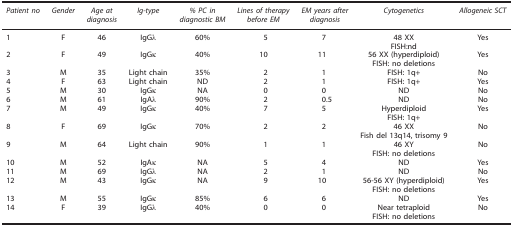
<table><thead><tr><td><b><i>Patient no</i></b></td><td><b><i>Gender</i></b></td><td><b><i>Age at diagnosis</i></b></td><td><b><i>Ig-type</i></b></td><td><b><i>% PC in diagnostic BM</i></b></td><td><b><i>Lines of therapy before EM</i></b></td><td><b><i>EM years after diagnosis</i></b></td><td><b><i>Cytogenetics</i></b></td><td><b><i>Allogeneic SCT</i></b></td></tr></thead><tbody><tr><td>1</td><td>F</td><td>46</td><td>IgGλ</td><td>60%</td><td>5</td><td>7</td><td>48 XXFISH:nd</td><td>Yes</td></tr><tr><td>2</td><td>F</td><td>49</td><td>IgGκ</td><td>40%</td><td>10</td><td>11</td><td>56 XX (hyperdiploid)FISH: no deletions</td><td>Yes</td></tr><tr><td>3</td><td>M</td><td>35</td><td>Light chain</td><td>35%</td><td>2</td><td>1</td><td>FISH: 1q+</td><td>No</td></tr><tr><td>4</td><td>F</td><td>63</td><td>Light chain</td><td>ND</td><td>2</td><td>1</td><td>FISH: 1q+</td><td>Yes</td></tr><tr><td>5</td><td>M</td><td>30</td><td>IgGκ</td><td>NA</td><td>0</td><td>0</td><td>ND</td><td>No</td></tr><tr><td>6</td><td>M</td><td>61</td><td>IgAλ</td><td>90%</td><td>2</td><td>0.5</td><td>ND</td><td>No</td></tr><tr><td>7</td><td>M</td><td>49</td><td>IgGκ</td><td>40%</td><td>7</td><td>5</td><td>HyperdiploidFISH: 1q+</td><td>Yes</td></tr><tr><td>8</td><td>F</td><td>69</td><td>IgGκ</td><td>70%</td><td>2</td><td>2</td><td>46 XXFish del 13q14, trisomy 9</td><td>No</td></tr><tr><td>9</td><td>M</td><td>64</td><td>Light chain</td><td>90%</td><td>1</td><td>1</td><td>46 XYFISH: no deletions</td><td>No</td></tr><tr><td>10</td><td>M</td><td>52</td><td>IgAκ</td><td>NA</td><td>5</td><td>4</td><td>ND</td><td>Yes</td></tr><tr><td>11</td><td>M</td><td>69</td><td>IgGλ</td><td>NA</td><td>2</td><td>1</td><td>ND</td><td>No</td></tr><tr><td>12</td><td>M</td><td>43</td><td>IgGκ</td><td>NA</td><td>9</td><td>10</td><td>56-56 XY (hyperdiploid)FISH: no deletions</td><td>Yes</td></tr><tr><td>13</td><td>M</td><td>55</td><td>IgGκ</td><td>85%</td><td>6</td><td>6</td><td>ND</td><td>Yes</td></tr><tr><td>14</td><td>F</td><td>39</td><td>IgGλ</td><td>40%</td><td>0</td><td>0</td><td>Near tetraploidFISH: no deletions</td><td>No</td></tr></tbody></table>